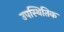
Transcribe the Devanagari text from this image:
उपस्थितिक